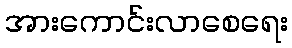
အားကောင်းလာစေရေး